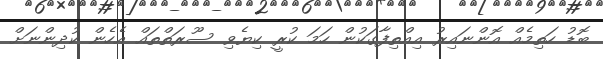
ބޮޑު ހަތިމެއް އޮންނައިރު އިއްތިފާގަކުން ހަމަ ކުރީ ކިޔެވި ސޫރަތްތައް އެހެން ކުދިންނަށް